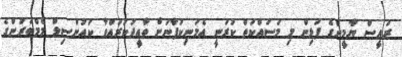
ރައީސް ޔާމީންގެ ފަޅިން މި މަސައްކަތް ކުރަނީ އެމަނިކުފާނަށް ތާއީދުކުރައްވާ ކައުންސިލް މެމްބަރުންގެ